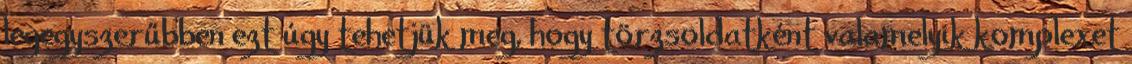
legegyszerűbben ezt úgy tehetjük meg, hogy törzsoldatként valamelyik komplexet